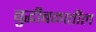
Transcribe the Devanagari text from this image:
बुद्धीबळातील